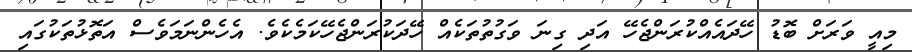
މިއީ ވަރަށް ބޮޑު ހޭދައެއްކުރަންޖެހޭ އަދި ގިނަ ވަގުތުތަކެއް ހޭދަކުރަންޖެހޭކަމެކެވެ. އެހެންނަމަވެސް އަތޮޅުތަކުގައި